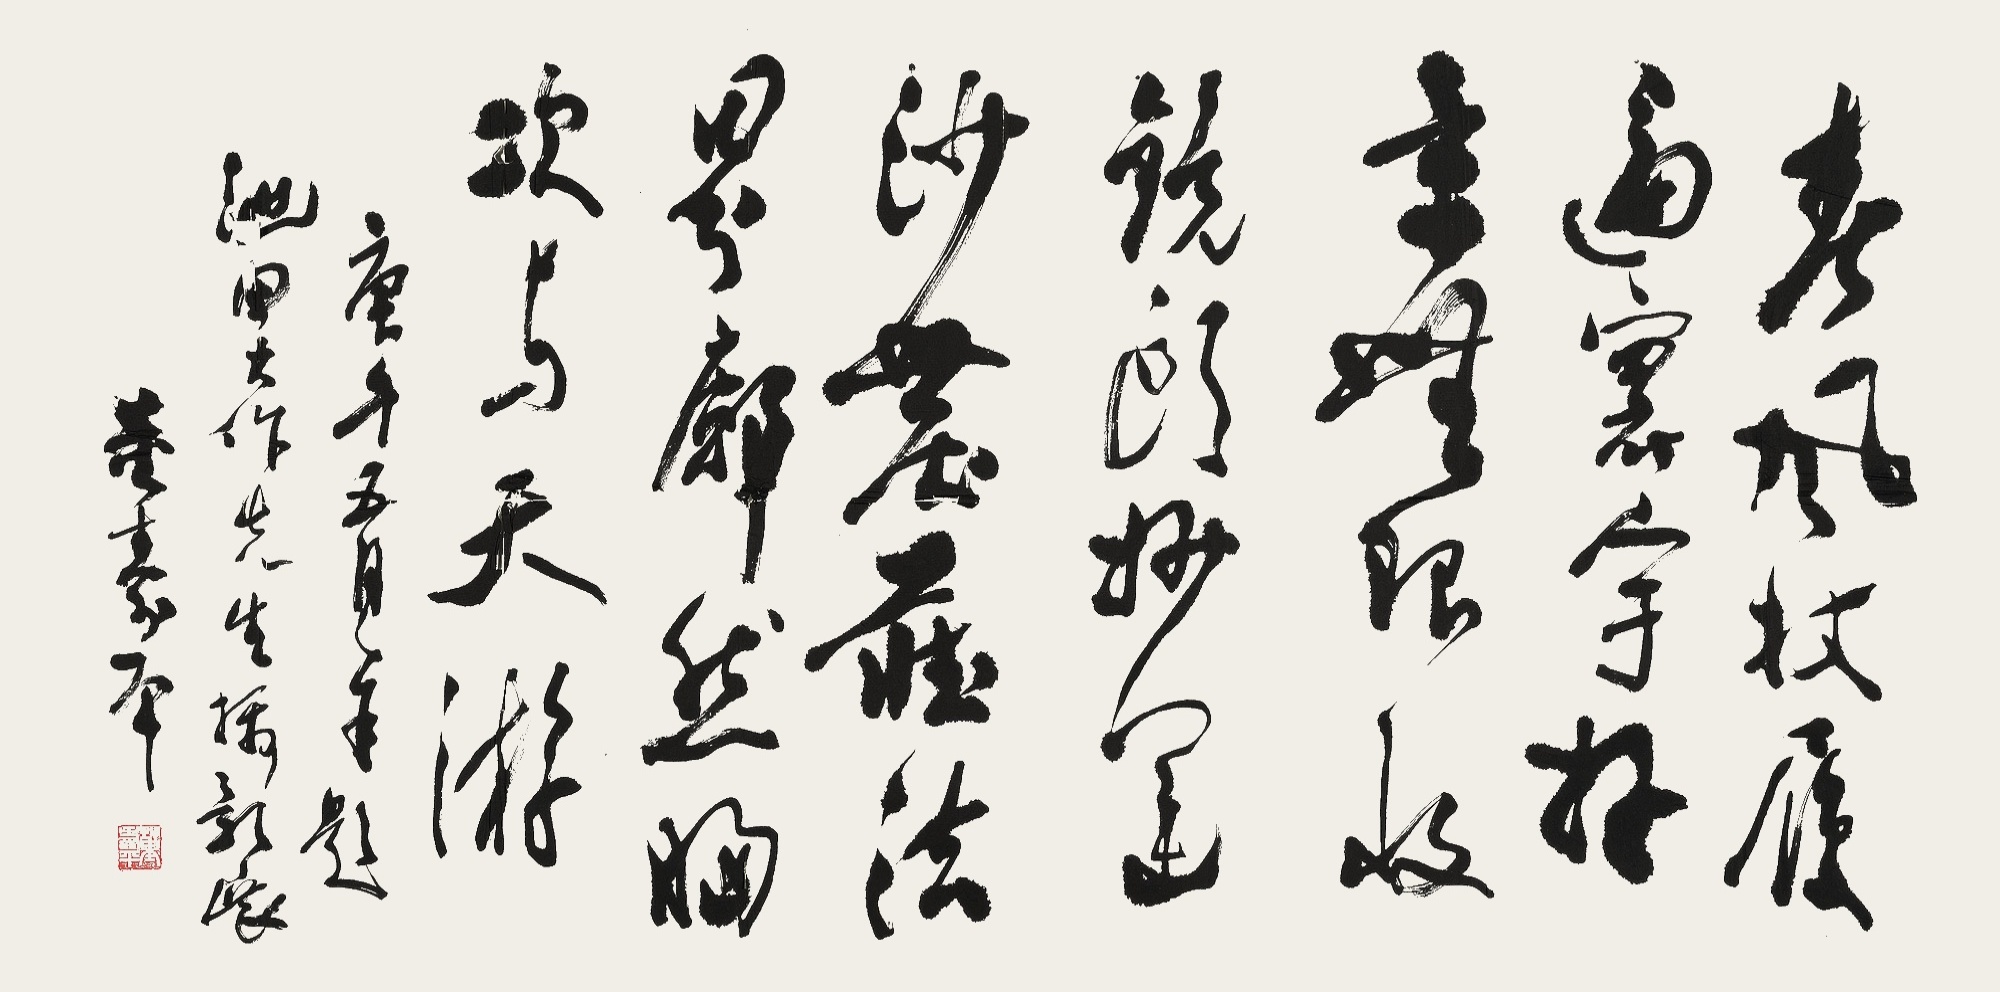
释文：春风杖履遍寰宇，好景无限收镜头。妙运沙尘藏法界，廓然胸次与天游。庚午五月，奉题池田大作先生摄影展。董寿平。